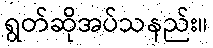
ရွတ်ဆိုအပ်သနည်း။